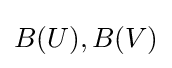
B(U),B(V)